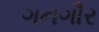
ગનગૌર